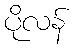
ပိုလန်